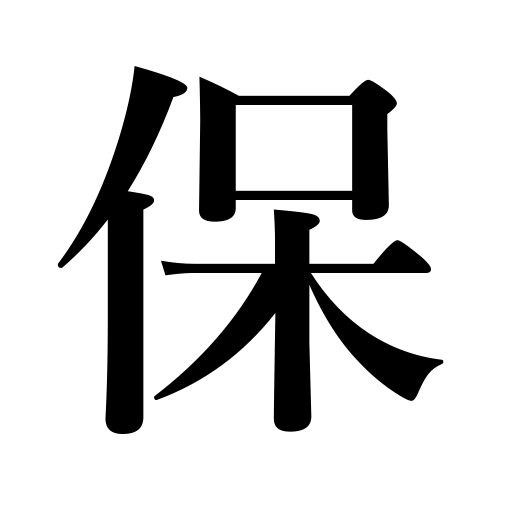
Meanings: sustain,last,keep well food,endure,support,be durable,wear well,preserve,keep,hold,retain,maintain,guarantee